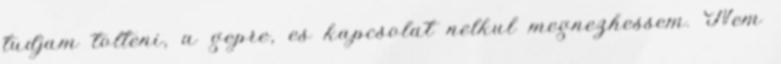
tudjam tolteni, a gepre, es kapcsolat nelkul megnezhessem. Nem